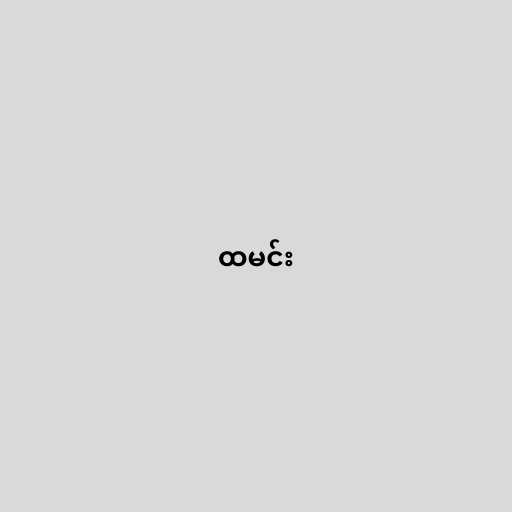
ထမင်း